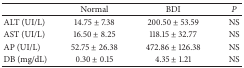
<table><thead><tr><td><b> </b></td><td><b>Normal</b></td><td><b>BDI</b></td><td><b><i>P </i></b></td></tr></thead><tbody><tr><td>ALT (UI/L)</td><td>14.75 ± 7.38</td><td>200.50 ± 53.59</td><td>NS</td></tr><tr><td>AST (UI/L)</td><td>16.50 ± 8.25</td><td>118.15 ± 32.77</td><td>NS</td></tr><tr><td>AP (UI/L)</td><td>52.75 ± 26.38</td><td>472.86 ± 126.38</td><td>NS</td></tr><tr><td>DB (mg/dL)</td><td>0.30 ± 0.15</td><td>4.35 ± 1.21</td><td>NS</td></tr></tbody></table>